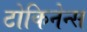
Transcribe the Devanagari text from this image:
टोकिनेन्स